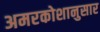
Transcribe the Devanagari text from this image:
अमरकोशानुसार